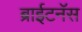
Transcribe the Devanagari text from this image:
ब्राईटनॅस